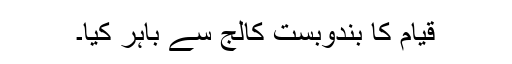
قیام کا بندوبست کالج سے باہر کیا۔